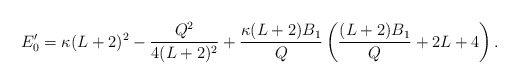
\begin{align*} E'_0 = \kappa(L+2)^2 - \frac{Q^2}{4(L+2)^2} + \frac{\kappa(L+2)B_1}{Q} \left(\frac{(L+2)B_1}{Q} + 2L +4 \right).\end{align*}